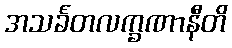
အသင်္ခတလက္ခဏာနီတိ